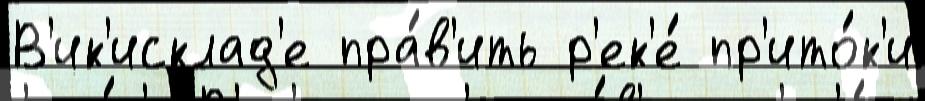
В'ик'исклад'е пра́в'ить р'ек'е́ пр'ито́к'и